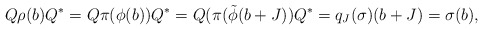
\begin{align*} Q\rho(b)Q^*= Q\pi(\phi(b))Q^*=Q(\pi(\tilde{\phi}(b+J))Q^*= q_J(\sigma)(b+J)=\sigma(b), \end{align*}